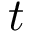
t